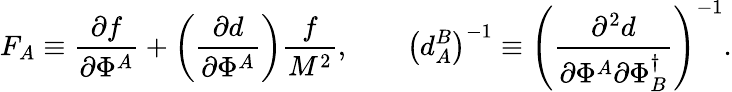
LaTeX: F_{A}\equiv\frac{\partial f}{\partial\Phi^{A}}+\left(\frac{\partial d}{\partial\Phi^{A}}\right)\frac{f}{M^{2}},\qquad\left(d_{A}^{B}\right)^{-1}\equiv\left(\frac{\partial^{2}d}{\partial\Phi^{A}\partial\Phi_{B}^{\dagger}}\right)^{-1}.